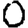
Digit: 0